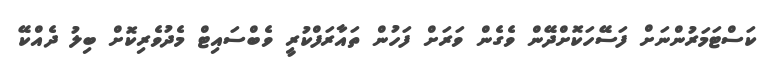
ކަސްޓަމަރުންނަށް ފަސޭހަކޮށްދޭން ވެގެން ވަރަށް ފަހުން ތައާރަފްކުރީ ވެބްސައިޓް މެދުވެރިކޮށް ބިލު ދެއްކޭ